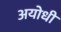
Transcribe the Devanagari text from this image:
अयोधी